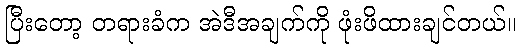
ပြီးတော့ တရားခံက အဲဒီအချက်ကို ဖုံးဖိထားချင်တယ်။